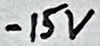
Text: -15V